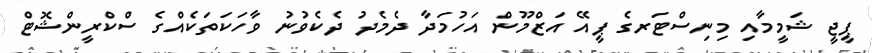
ޕީޖީ ޝަމީމާއި މިނިސްޓަރގެ ޕީއޭ އަޒްމޫން އަހުމަދާ ދެމެދު ދެކެވުނު ވާހަކަތަކެއްގެ ސްކްރީންޝޮޓް